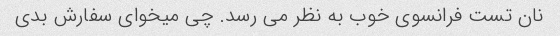
نان تست فرانسوی خوب به نظر می رسد. چی میخوای سفارش بدی